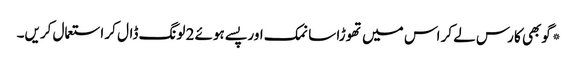
*گوبھی کا رس لے کر اس میں تھوڑا سا نمک اور پسے ہوئے 2 لونگ ڈال کر استعمال کریں۔